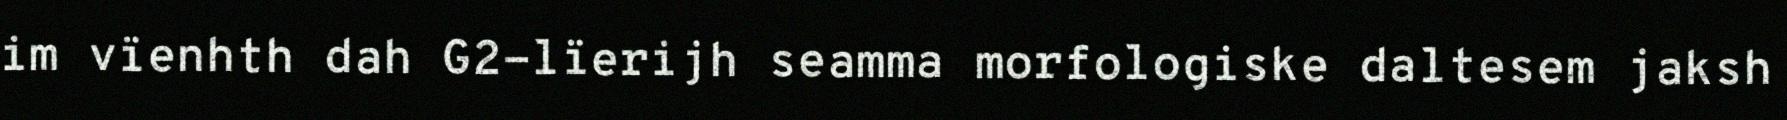
im vïenhth dah G2-lïerijh seamma morfologiske daltesem jaksh